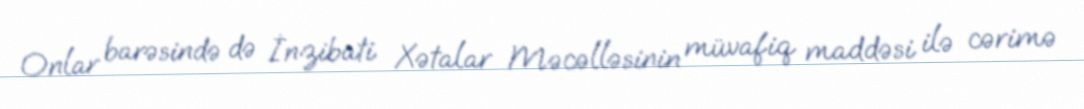
Onlar barəsində də İnzibati Xətalar Məcəlləsinin müvafiq maddəsi ilə cərimə